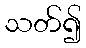
သတ်၍